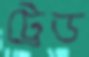
ট্রেড